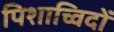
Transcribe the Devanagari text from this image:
पिशाच्विदों